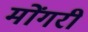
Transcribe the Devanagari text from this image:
मोंगरी